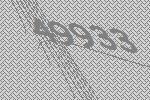
49933